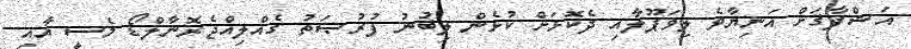
އަޝްފާޤަށް އަނިޔާވެ ލިވަޕޫލާއި ދެކޮޅަށް ކުޅެން ލިބުނު ފުރުޞަތު ގެއްލިއްޖެރޮނާލްޑޯ މެސީ އާއި